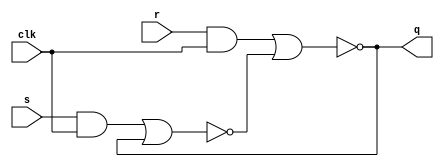
module lab3ex1(
    input clk,
    input r,
    input s,
    output q);
    
    wire rg, sg, qa, qb /* synthesis keep */;
    
    and(rg, r, clk);
    and(sg, s, clk);
    nor(qa, rg, qb);
    nor(qb, sg, qa);
    
    assign q = qa;
endmodule